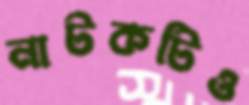
নাটকটিও